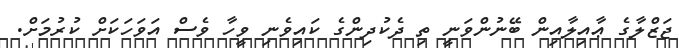
ޖަޒްލާގެ ޢާއިލާއިން ބޭނުންވަނީ ތި ދެކުދިންގެ ކައިވެނި ވީހާ ވެސް އަވަހަކަށް ކުރުމަށް.